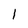
Character: 1